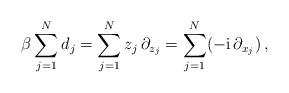
LaTeX: \begin{align*} \beta \sum_{j=1}^N d_j = \sum_{j=1}^N z_j \,\partial_{z_j} = \sum_{j=1}^N (-\mathrm{i}\,\partial_{x_j}) \, ,\end{align*}